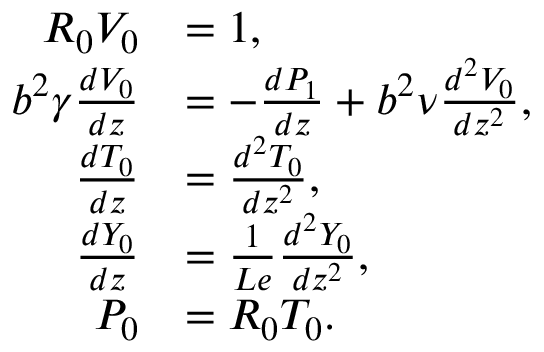
\begin{array} { r l } { { R } _ { 0 } { V } _ { 0 } } & { = 1 , } \\ { b ^ { 2 } \gamma \frac { d { V } _ { 0 } } { d z } } & { = - \frac { d { P } _ { 1 } } { d z } + b ^ { 2 } \nu \frac { d ^ { 2 } { V } _ { 0 } } { d z ^ { 2 } } , } \\ { \frac { d { T } _ { 0 } } { d z } } & { = \frac { d ^ { 2 } { T } _ { 0 } } { d z ^ { 2 } } , } \\ { \frac { d { Y } _ { 0 } } { d z } } & { = \frac { 1 } { L e } \frac { d ^ { 2 } { Y } _ { 0 } } { d z ^ { 2 } } , } \\ { { P } _ { 0 } } & { = { R } _ { 0 } { T } _ { 0 } . } \end{array}